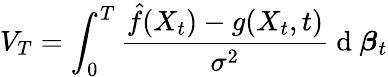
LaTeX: V_{T}=\int_{0}^{T}{\frac{\hat{f}(X_{t})-g(X_{t},t)}{{\sigma^{2}}}\mathrm{~d~}\boldsymbol{\beta}_{t}}